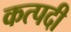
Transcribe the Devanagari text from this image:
कत्पदी